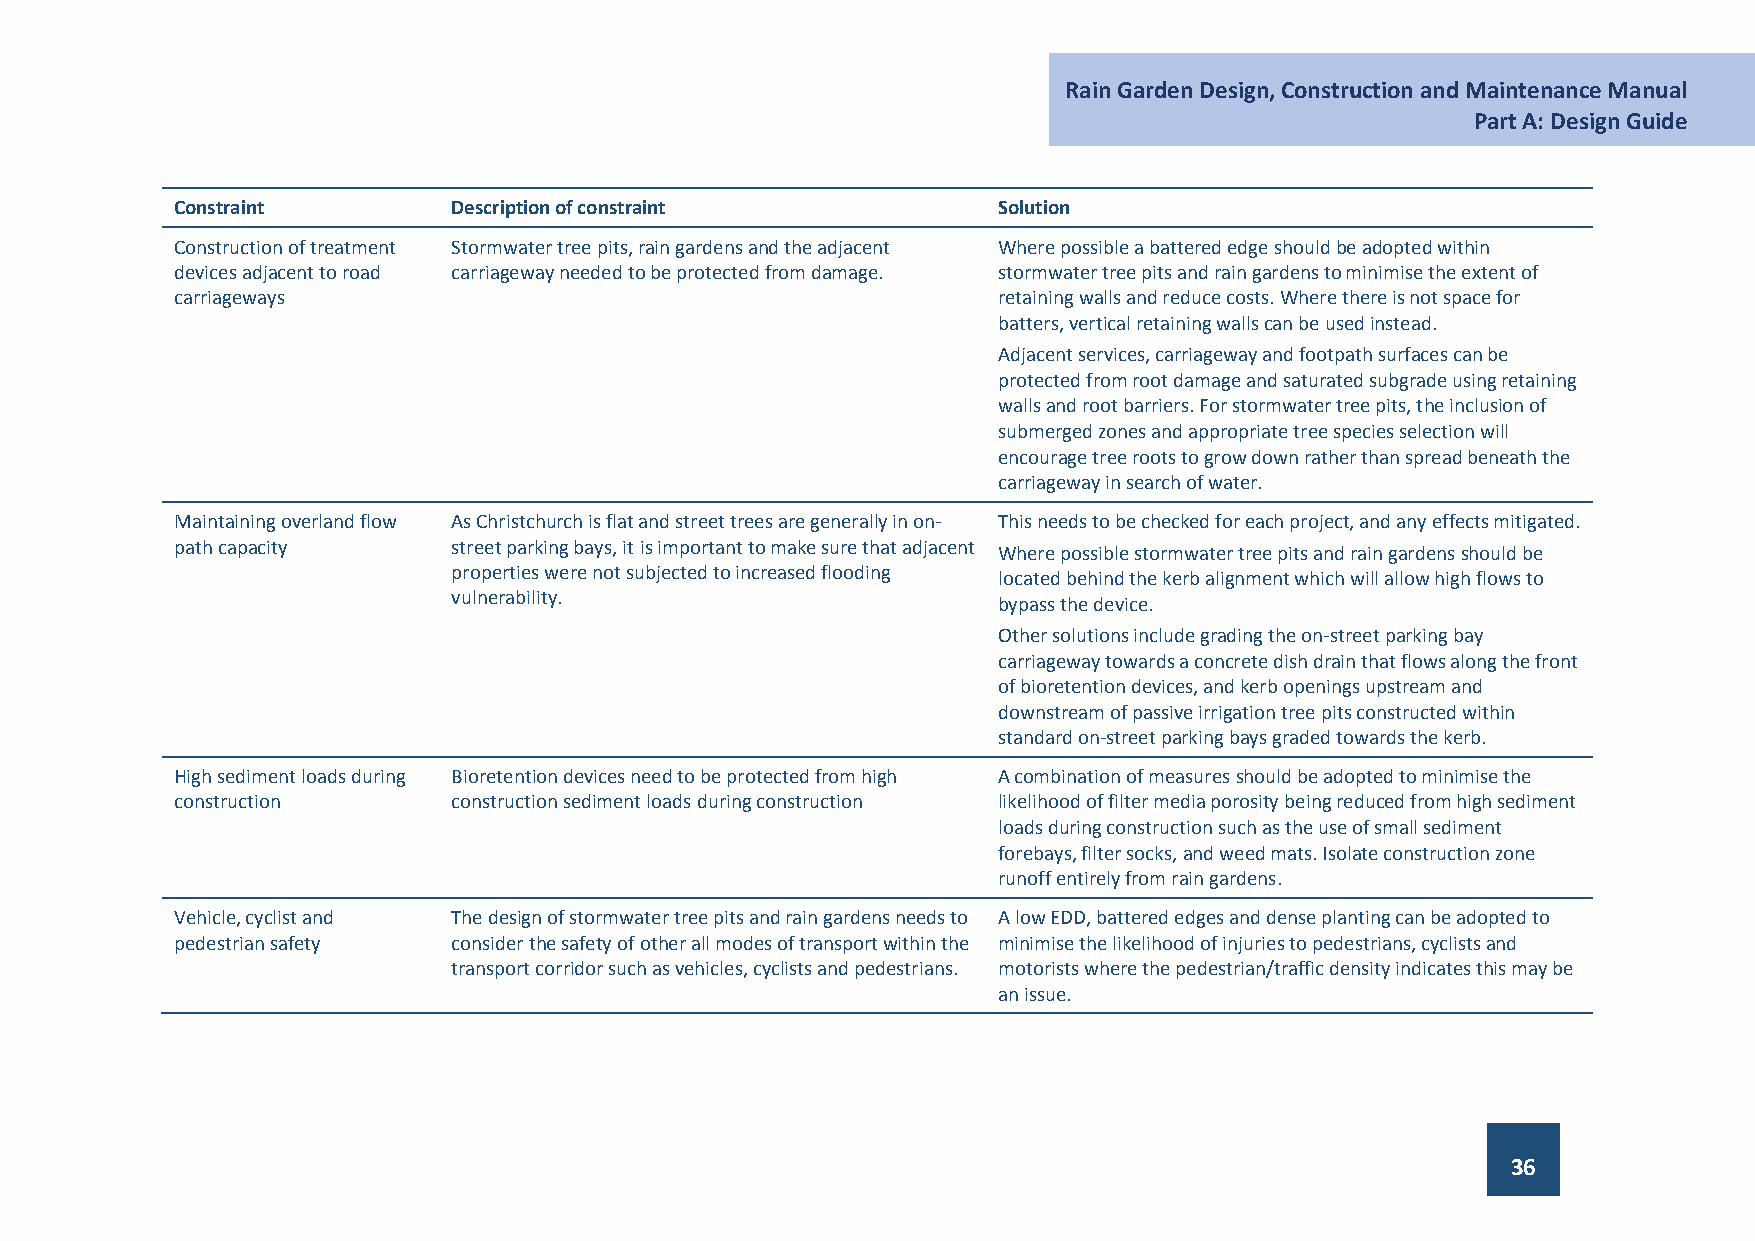
Rain Garden Design, Construction and Maintenance Manual
 Part A: Design Guide
 Constraint         Description of constraint           Solution
 Construction of treatment Stormwater tree pits, rain gardens and the adjacent Where possible a battered edge should be adopted within
 devices adjacent to road carriageway needed to be protected from damage. stormwater tree pits and rain gardens to minimise the extent of
 carriageways                                           retaining walls and reduce costs. Where there is not space for
 batters, vertical retaining walls can be used instead.
 Adjacent services, carriageway and footpath surfaces can be
 protected from root damage and saturated subgrade using retaining
 walls and root barriers. For stormwater tree pits, the inclusion of
 submerged zones and appropriate tree species selection will
 encourage tree roots to grow down rather than spread beneath the
 carriageway in search of water.
 Maintaining overland flow As Christchurch is flat and street trees are generally in on- This needs to be checked for each project, and any effects mitigated.
 path capacity      street parking bays, it is important to make sure that adjacent Where possible stormwater tree pits and rain gardens should be
 properties were not subjected to increased flooding
 located behind the kerb alignment which will allow high flows to
 vulnerability.
 bypass the device.
 Other solutions include grading the on-street parking bay
 carriageway towards a concrete dish drain that flows along the front
 of bioretention devices, and kerb openings upstream and
 downstream of passive irrigation tree pits constructed within
 standard on-street parking bays graded towards the kerb.
 High sediment loads during Bioretention devices need to be protected from high A combination of measures should be adopted to minimise the
 construction       construction sediment loads during construction likelihood of filter media porosity being reduced from high sediment
 loads during construction such as the use of small sediment
 forebays, filter socks, and weed mats. Isolate construction zone
 runoff entirely from rain gardens.
 Vehicle, cyclist and The design of stormwater tree pits and rain gardens needs to A low EDD, battered edges and dense planting can be adopted to
 pedestrian safety  consider the safety of other all modes of transport within the minimise the likelihood of injuries to pedestrians, cyclists and
 transport corridor such as vehicles, cyclists and pedestrians. motorists where the pedestrian/traffic density indicates this may be
 an issue.
 36